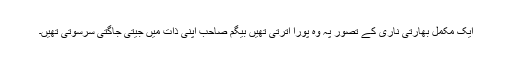
ایک مکمل بھارتی ناری کے تصور پہ وہ پورا اترتی تھیں بیگم صاحب اپنی ذات میں جیتی جاگتی سرسوتی تھیں۔